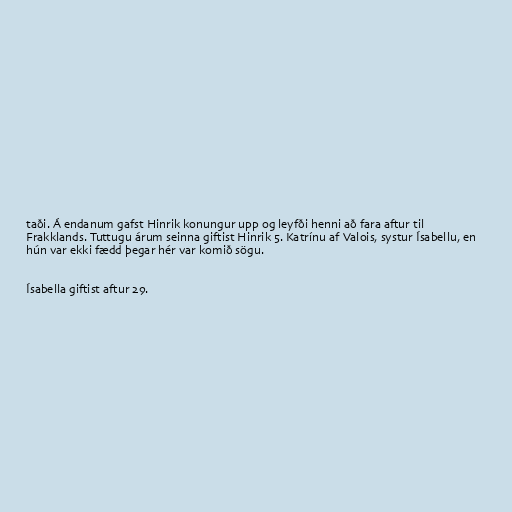
taði. Á endanum gafst Hinrik konungur upp og leyfði henni að fara aftur til
Frakklands. Tuttugu árum seinna giftist Hinrik 5. Katrínu af Valois, systur Ísabellu, en
hún var ekki fædd þegar hér var komið sögu.

Ísabella giftist aftur 29.